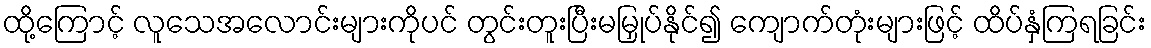
ထို့ကြောင့် လူသေအလောင်းများကိုပင် တွင်းတူးပြီးမမြှုပ်နိုင်၍ ကျောက်တုံးများဖြင့် ထိပ်နှံကြရခြင်း